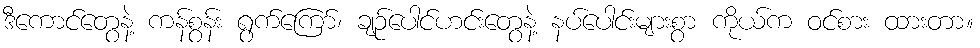
ဒီကောင်တွေနဲ့ ကန်စွန်း ရွက်ကြော်၊ ချဉ်ပေါင်ဟင်းတွေနဲ့ နပ်ပေါင်းများစွာ ကိုယ်က ဝင်စား ထားတာ။